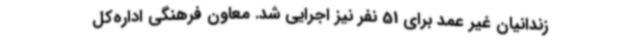
زندانیان غیر عمد برای 51 نفر نیز اجرایی شد. معاون فرهنگی اداره‌کل